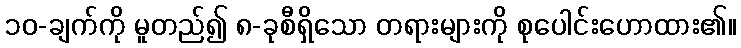
၁၀-ချက်ကို မူတည်၍ ၈-ခုစီရှိသော တရားများကို စုပေါင်းဟောထား၏။